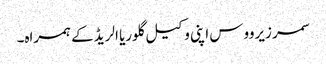
سمر زیرووس اپنی وکیل گلوریا الریڈ کے ہمراہ۔